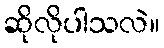
ဆိုလိုပါသလဲ။